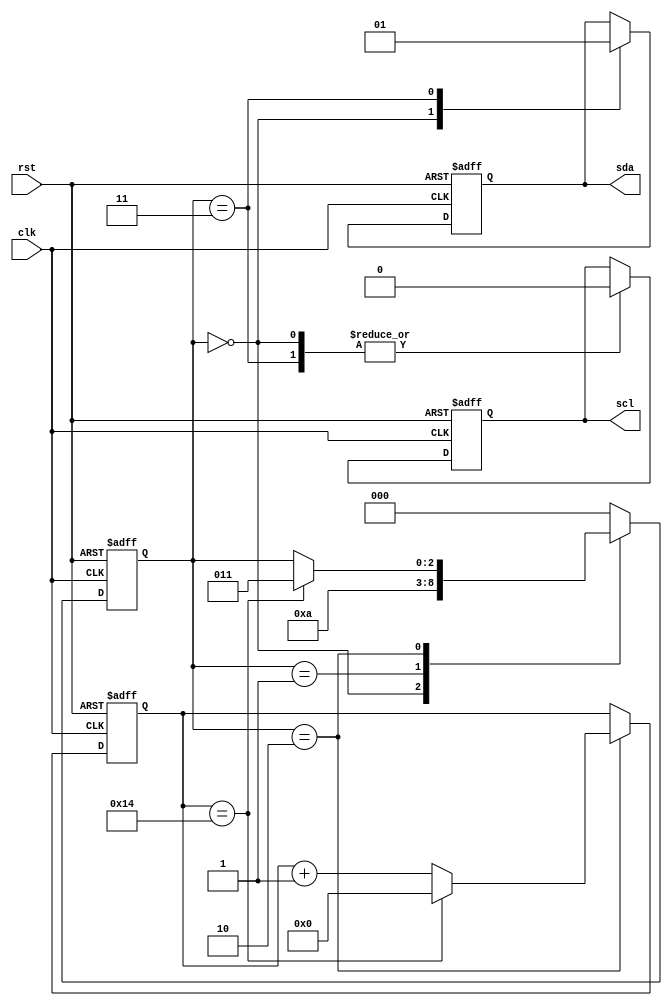
module i2c_timing_control_sync (
    input wire clk,
    input wire rst,
    output reg scl,
    output reg sda
);

reg [7:0] prescaler;
reg [2:0] state;

parameter DIVIDER_VAL = 20; // Adjust this value to generate desired clock frequency

always @ (posedge clk or posedge rst) begin
    if (rst) begin
        prescaler <= 0;
        state <= 0;
        scl <= 1;
        sda <= 1;
    end else begin
        case(state)
            0: begin // Generate start condition
                   scl <= 0;
                   sda <= 0;
                   state <= 1;
               end
            1: begin // Release SDA line
                   state <= 2;
               end
            2: begin // Create clock cycles for I2C communication
                   if (prescaler == DIVIDER_VAL) begin
                       prescaler <= 0;
                       state <= 3;
                   end else begin
                       prescaler <= prescaler + 1;
                   end
               end
            3: begin // Generate stop condition
                   scl <= 0;
                   sda <= 1;
                   state <= 0;
               end
            default: begin
                       state <= 0;
                   end
        endcase
    end
end

endmodule